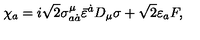
\chi _ { a } = i \sqrt { 2 } \sigma _ { a \dot { a } } ^ { \mu } \bar { \varepsilon } ^ { \dot { a } } D _ { \mu } \sigma + \sqrt { 2 } \varepsilon _ { a } F ,